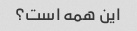
این همه است؟